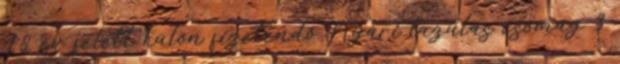
18 év felett külön fizetendő Nyári lazulás csomag 3